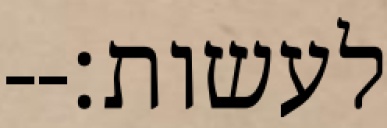
לעשות׃--